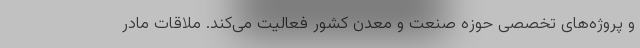
و پروژه‌های تخصصی حوزه صنعت و معدن کشور فعالیت می‌کند. ملاقات مادر